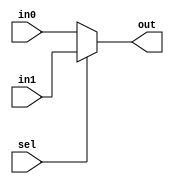

module mux2to1_cond(   out,
                       in0,
                       in1, 
                       sel);
                       
output          out            ;
input           in0            ; 
input           in1            ; 
input           sel            ;

assign out = (sel)? in1 : in0  ;

endmodule

module mux4to1_2to1(  out,
                      in,
                      sel);
                      
output          out            ;
input   [3:0]   in             ; 
input   [1:0]   sel            ;

wire    [1:0]   carry          ;

mux2to1_cond u0(   .out(carry[0]),
                   .in0( in[0]  ),
                   .in1( in[1]  ), 
                   .sel( sel[0] ));
                   
mux2to1_cond u1(   .out(carry[1]),
                   .in0( in[2]  ),
                   .in1( in[3]  ), 
                   .sel( sel[0] ));
                   
mux2to1_cond u2(   .out(   out  ),
                   .in0(carry[0]),
                   .in1(carry[1]), 
                   .sel( sel[1] ));

endmodule
                      


module mux4to1_if  (   out,
                       in,
                       sel);
                       
output          out            ;
input   [3:0]   in             ; 
input   [1:0]   sel            ;

reg             out            ;

always @(in,sel) begin
    if(sel == 2'b00) begin
        out = in[0]   ;
    end else if(sel == 2'b01) begin
        out = in[1]   ;
    end else if(sel == 2'b10) begin
        out = in[2]   ;
    end else begin
        out = in[3]   ;
  end
end

endmodule


module mux4tol_case (   out,
                        in,
                        sel);
                        
output          out            ;
input    [3:0]  in             ; 
input    [1:0]  sel            ;      

reg             out            ;

always @(sel,in) begin
    case( sel )
           2'b00 : {out} = in[0] ;
           2'b01 : {out} = in[1] ;
           2'b10 : {out} = in[2] ;
           2'b11 : {out} = in[3] ;
    endcase
end
endmodule